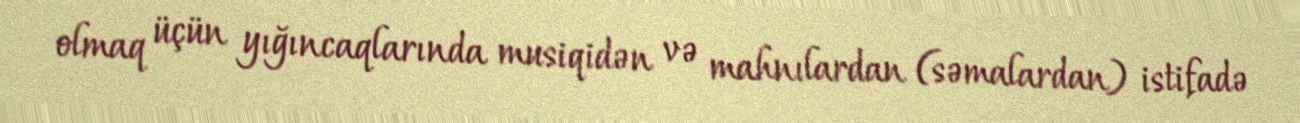
olmaq üçün yığıncaqlarında musiqidən və mahnılardan (səmalardan) istifadə